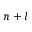
n + l